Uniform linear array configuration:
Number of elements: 24
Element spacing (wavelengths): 0.75
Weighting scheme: binomial
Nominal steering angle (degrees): -15
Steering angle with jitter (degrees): -16.167
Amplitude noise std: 0.05
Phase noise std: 0.05

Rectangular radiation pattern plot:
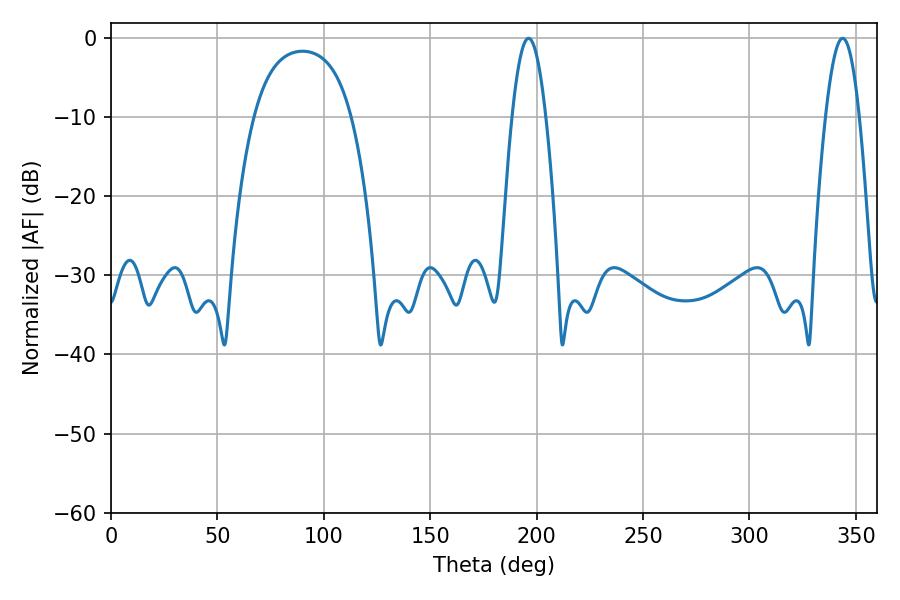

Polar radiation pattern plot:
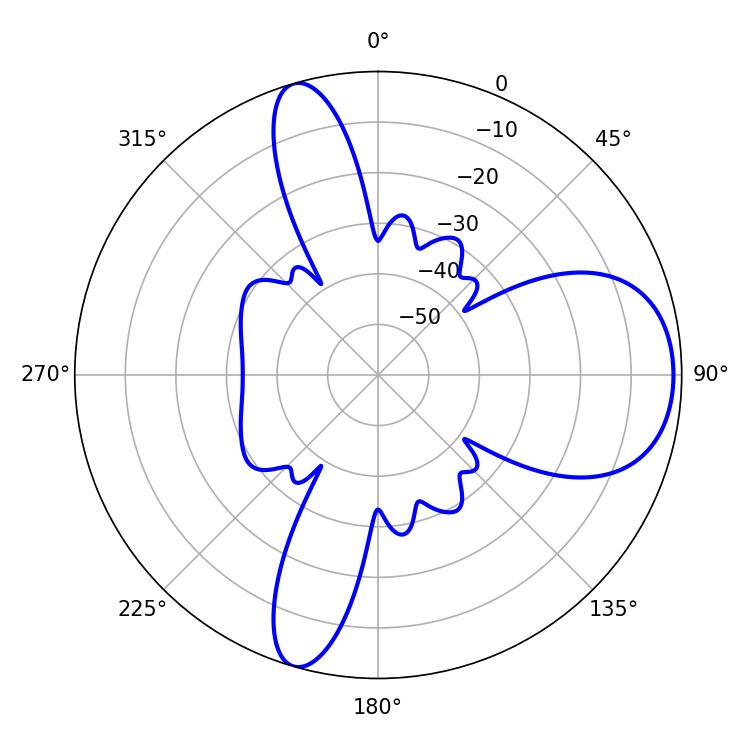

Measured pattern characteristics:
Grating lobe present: TRUE
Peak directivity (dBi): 8.607
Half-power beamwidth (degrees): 8.64
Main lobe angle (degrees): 196.2